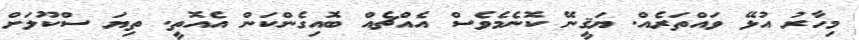
މިހާރު އުޅޭ ވައްތަރެއް. ޔަޤީނޭ ކޮނެމެވެސް އެއްޗެއް ބޮއިގެންކަން އެއޮތީ. ތިޔަ ސްކޫލަށް